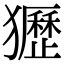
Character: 㺡